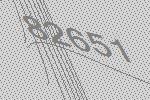
82651